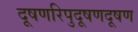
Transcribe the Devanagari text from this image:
दूषणरिपुदूषणदूषण